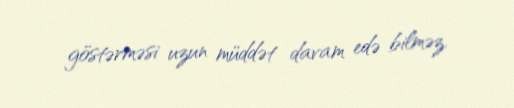
göstərməsi uzun müddət davam edə bilməz.